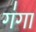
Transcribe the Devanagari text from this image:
ग॑गा